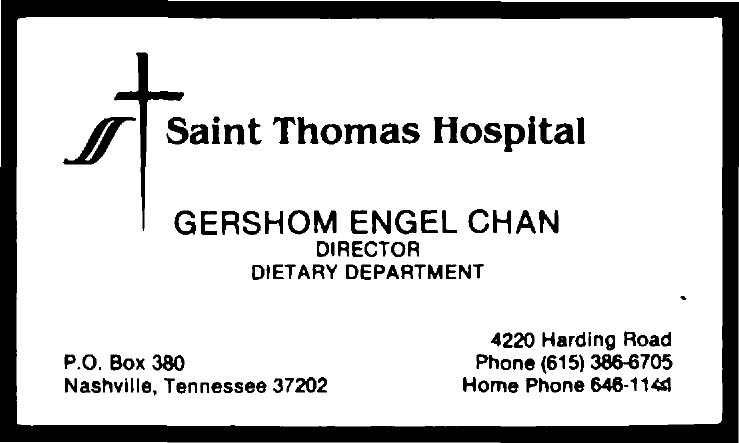
Saint  Thomas    Hospital
     GERSHOM    ENGEL   CHAN
     DIRECTOR
     DIETARY DEPARTMENT
     4220 Harding Road
     P.O. Box 380    Phone (615) 386-6705
     Nashville, Tennessee 37202 Home Phone 646-1141